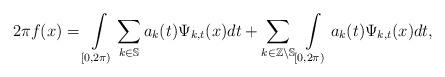
LaTeX: \begin{align*}2\pi f(x)=\int\limits_{[0,2\pi)}\sum\limits_{k\in\mathbb{S}}a_{k}(t)\Psi_{k,t}(x)dt+\sum_{k\in\mathbb{Z}\backslash\mathbb{S}}\int\limits_{[0,2\pi)}a_{k}(t)\Psi_{k,t}(x)dt,\end{align*}